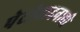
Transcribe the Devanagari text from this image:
पेटीवादनाची